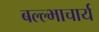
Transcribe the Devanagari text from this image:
बल्ल्भाचार्य